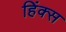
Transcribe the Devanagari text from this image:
हिंक्स